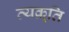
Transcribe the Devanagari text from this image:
व्यक़्ति